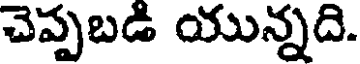
చెప్పబడి యున్నది.